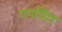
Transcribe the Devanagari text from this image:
गपचित